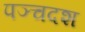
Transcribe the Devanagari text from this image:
पञ्चदश